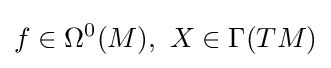
f\in \Omega ^{0}(M),\ X\in \Gamma (TM)